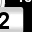
Digit: 2